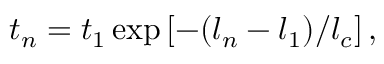
t _ { n } = t _ { 1 } \exp \left[ - ( l _ { n } - l _ { 1 } ) / l _ { c } \right] ,